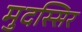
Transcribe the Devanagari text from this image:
मुदस्सिर